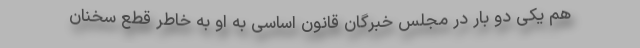
هم یکی دو بار در مجلس خبرگان قانون اساسی به او به خاطر قطع سخنان